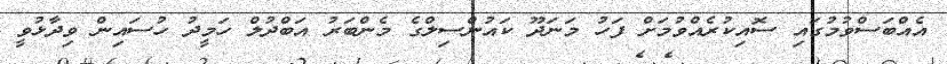
އެއްބަސްވުމުގައި ސޮއިކުރެއްވުމަށް ފަހު މަނަދޫ ކައުންސިލްގެ މެންބަރު އަބްދުލް ހަމީދު ހުސައިން ވިދާޅުވީ